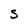
Character: S